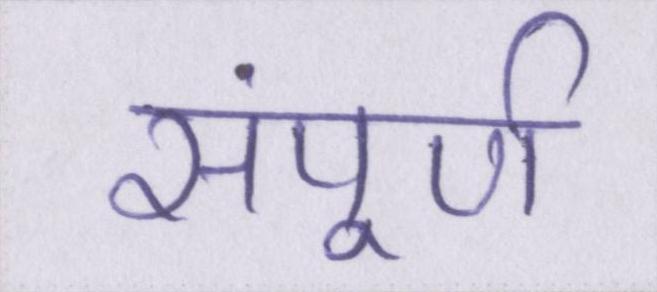
संपूर्ण